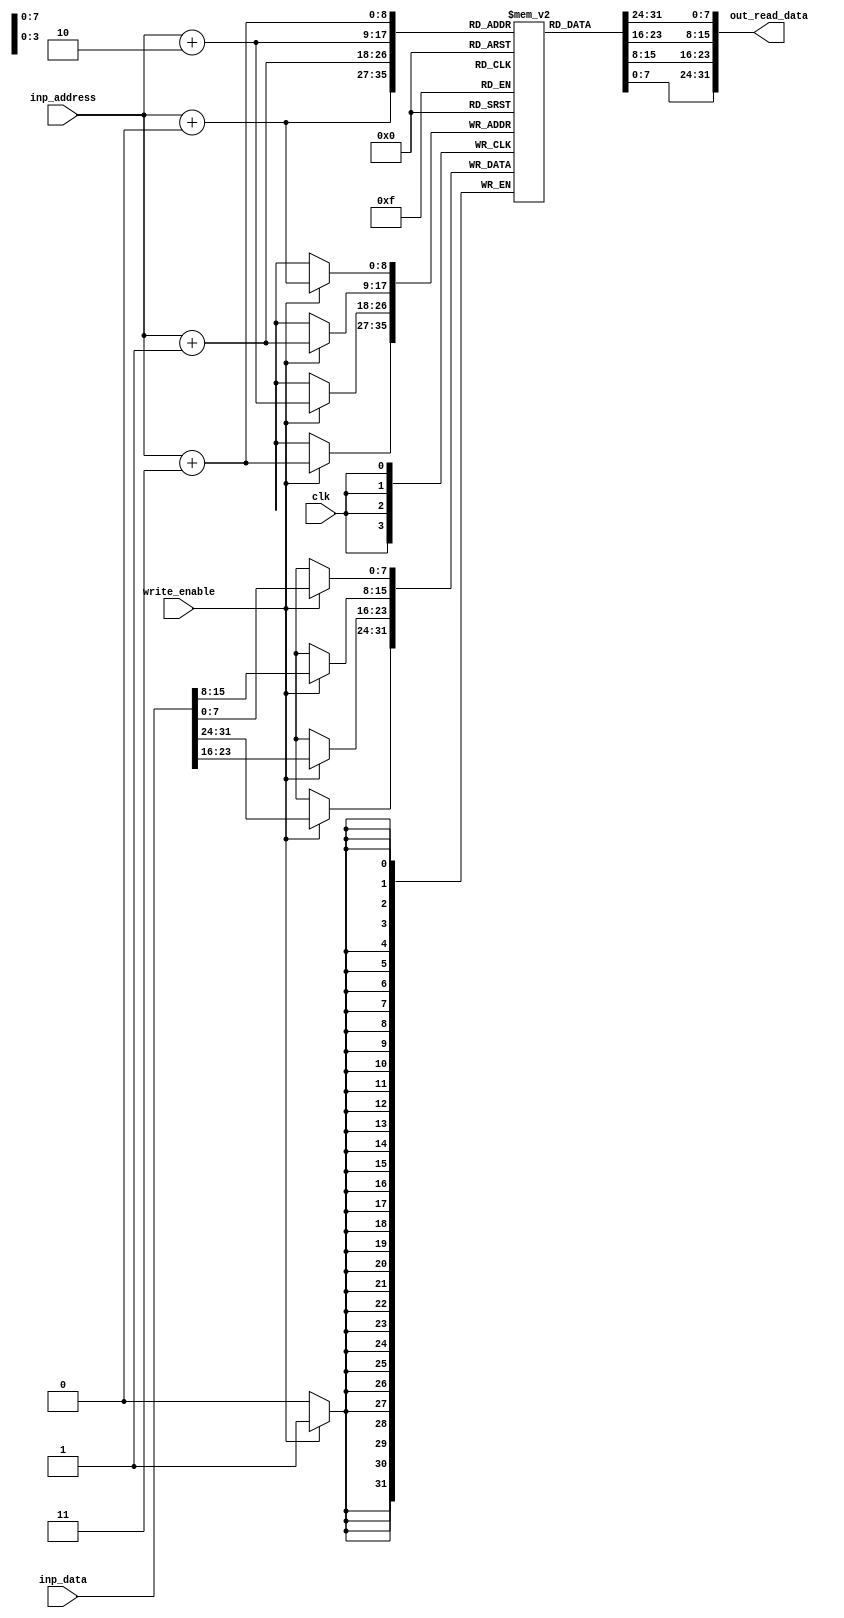
module data_memory #(parameter byte_W = 4, Addr_W = 8)
	(
		input clk, 
		input [Addr_W-1:0] inp_address, 
		input [8*byte_W-1:0] inp_data,
		input write_enable, 
		output reg [8*byte_W-1:0] out_read_data
	);

	reg [7:0] memory_arr [300:0]; // little endian 2^32-1 is the array size 
	reg [4:0] i;
	
	initial 
		begin
			i = 0;
			memory_arr[0] = 8'h07;
			memory_arr[1] = 8'h00;
			memory_arr[2] = 8'h00;
			memory_arr[3] = 8'h00;

			memory_arr[4] = 8'hFF;
			memory_arr[5] = 8'hFF;
			memory_arr[6] = 8'h00;
			memory_arr[7] = 8'h00;

			memory_arr[8] = 8'h01;
			memory_arr[9] = 8'h00;
			memory_arr[10] = 8'h00;
			memory_arr[11] = 8'h00;
		end

	always @(posedge clk) // Sequential Logic
		begin
			if (write_enable)
				begin
					for (i = 0; i < byte_W; i = i+1)
						begin
							memory_arr[inp_address+i] = inp_data[i*8 +: 8];
						end
				end
		end
	
	
	always @(*) // Combinational Logic
		begin
			for (i = 0; i < byte_W; i = i+1)
				begin
					out_read_data[i*8 +: 8] = memory_arr[inp_address+i];
				end
		end
		
endmodule